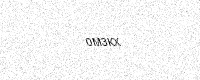
Text: 0M3KX